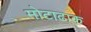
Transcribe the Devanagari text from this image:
मोटाढाक